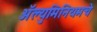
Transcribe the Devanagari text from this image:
अॅल्युमिनियमचे